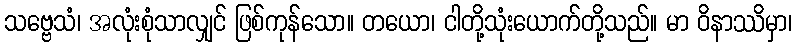
သဗ္ဗေသံ၊ အလုံးစုံသာလျှင် ဖြစ်ကုန်သော။ တယော၊ ငါတို့သုံးယောက်တို့သည်။ မာ ဝိနာဿိမှာ၊